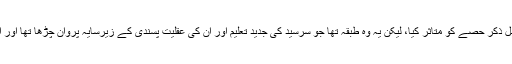
بلاشبہ بائیں بازو کی تحریک نے مسلم معاشرت کے خواص کے ایک قابل ذکر حصے کو متاثر کیا، لیکن یہ وہ طبقہ تھا جو سرسید کی جدید تعلیم اور ان کی عقلیت پسندی کے زیرسایہ پروان چڑھا تھا اور اس کی انفرادی زندگی میں مذہب کسی فیصلہ کن اہمیت کا حامل نہیں تھا۔